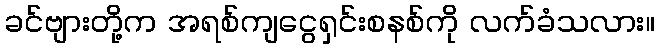
ခင်ဗျားတို့က အရစ်ကျငွေရှင်းစနစ်ကို လက်ခံသလား။